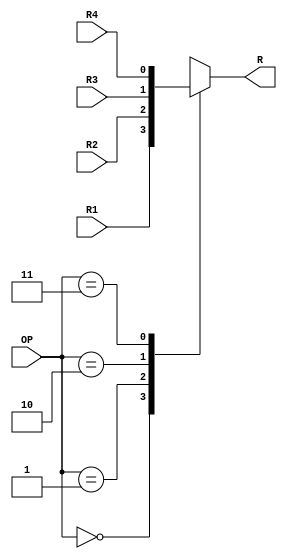
`timescale 1ns / 1ps

module mux4x1(
    output reg R,
    input R1,
    input R2,
    input R3,
    input R4,
    input [1:0] OP
    );
	 
	 always @ (*) begin
		case (OP)
			2'b00: R = R1;
			2'b01: R = R2;
			2'b10: R = R3;
			2'b11: R = R4;
		endcase
	 end
endmodule